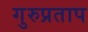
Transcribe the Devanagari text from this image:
गुरुप्रताप